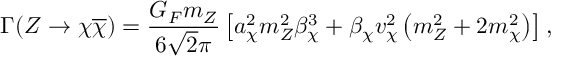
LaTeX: \Gamma ( Z \to \chi \overline { { { \chi } } } ) = \frac { G _ { F } m _ { Z } } { 6 \sqrt { 2 } \pi } \left[ a _ { \chi } ^ { 2 } m _ { Z } ^ { 2 } \beta _ { \chi } ^ { 3 } + \beta _ { \chi } v _ { \chi } ^ { 2 } \left( m _ { Z } ^ { 2 } + 2 m _ { \chi } ^ { 2 } \right) \right] ,